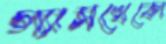
গ্যাসখেকো